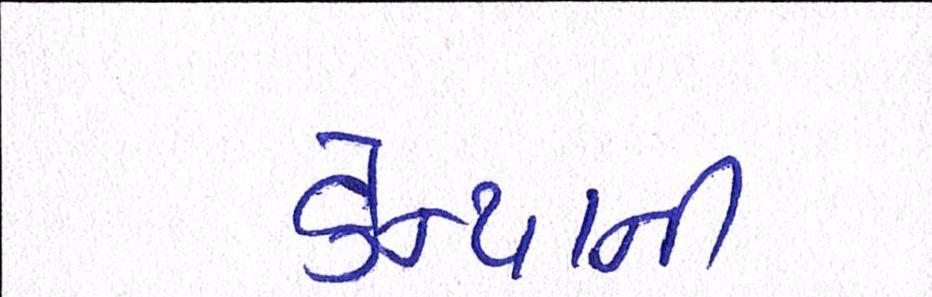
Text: કેન્યાની